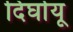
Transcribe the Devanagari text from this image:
दिर्घायू